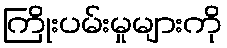
ကြိုးပမ်းမှုများကို